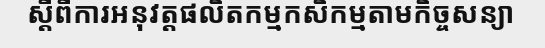
ស្តីពីការអនុវត្តផលិតកម្មកសិកម្មតាមកិច្ចសន្យា